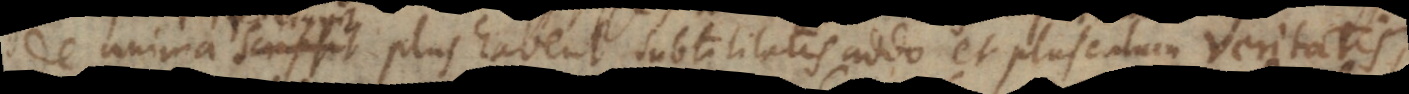
de anima reliquit plus habent subtilitatis addo et plusculum veritatis,